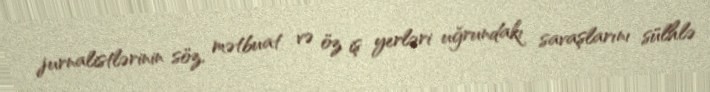
jurnalistlərinin söz, mətbuat və öz iş yerləri uğrundakı savaşlarını sülhlə